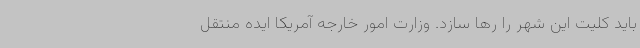
باید کلیت این شهر را رها سازد. وزارت امور خارجه آمریکا ایده منتقل